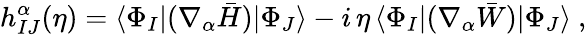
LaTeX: h_{IJ}^{\alpha}(\eta)=\langle\Phi_{I}|(\nabla_{\alpha}\bar{H})|\Phi_{J}\rangle-i\, \eta\, \langle\Phi_{I}|(\nabla_{\alpha}\bar{W})|\Phi_{J}\rangle~,